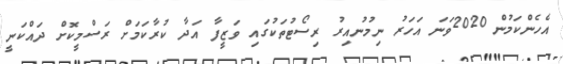
އެހެންކަމުން 2020ވަނަ އަހަރު ނިމުނުއިރު ރިސޯޓުތަކުގައި ވަޒީފާ އަދާ ކުރާކަމަށް ރަސްމީކޮށް ދައްކަނީ